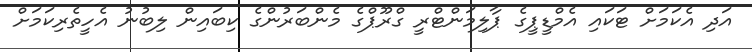
އަދި އެކަމަށް ޓަކައި އެމްޑީޕީގެ ޕާލިމަންޓްރީ ގްރޫޕްގެ މެންބަރުންގެ ކިބައިން ލިބުނު އެހީތެރިކަމަށް